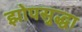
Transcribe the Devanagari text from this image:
झोपसुद्धा